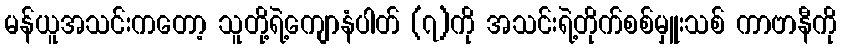
မန်ယူအသင်းကတော့ သူတို့ရဲ့ကျောနံပါတ် (၇)ကို အသင်းရဲ့တိုက်စစ်မှူးသစ် ကာဗာနီကို